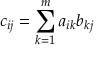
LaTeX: c _ { i j } = \sum _ { k = 1 } ^ { m } a _ { i k } b _ { k j }